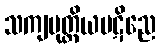
သကျပုတ္တိယပဋိညေ